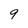
Character: 9